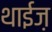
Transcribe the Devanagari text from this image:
थाईज़